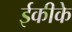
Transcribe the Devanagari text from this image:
ईकीके